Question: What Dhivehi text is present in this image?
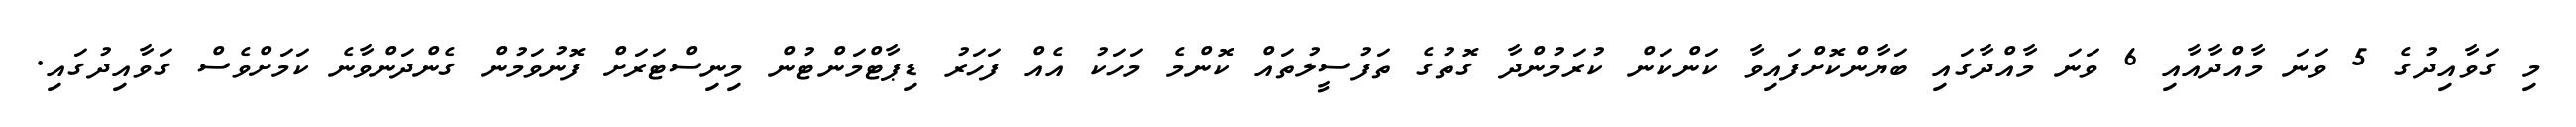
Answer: މި ގަވާއިދުގެ 5 ވަނަ މާއްދާއާއި 6 ވަނަ މާއްދާގައި ބަޔާންކޮށްފައިވާ ކަންކަން ކުރަމުންދާ ގޮތުގެ ތަފުސީލުތައް ކޮންމެ މަހަކު އެއް ފަހަރު ޑިޕާޓްމަންޓުން މިނިސްޓަރަށް ފޮނުވަމުން ގެންދަންވާނެ ކަމަށްވެސް ގަވާއިދުގައި.